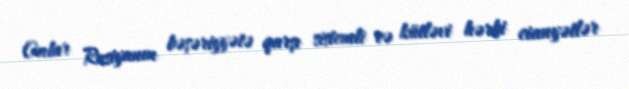
Onlar Rusiyanın bəşəriyyətə qarşı sistemli və kütləvi hərbi cianyətlər